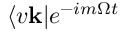
\langle v \mathbf { k } | e ^ { - i m \Omega t }